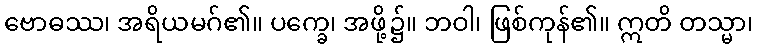
ဗောဓဿ၊ အရိယမဂ်၏။ ပက္ခေ၊ အဖို့၌။ ဘဝါ၊ ဖြစ်ကုန်၏။ ဣတိ တသ္မာ၊